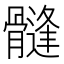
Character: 𩪌